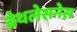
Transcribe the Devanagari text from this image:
ब्रेथलेसनेस